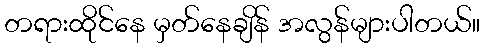
တရားထိုင်နေ မှတ်နေချိန် အလွန်များပါတယ်။